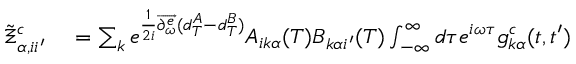
\begin{array} { r l } { \tilde { \Xi } _ { \alpha , i i ^ { \prime } } ^ { c } } & { { } = \sum _ { k } e ^ { \frac { 1 } { 2 i } \overrightarrow { \partial _ { \omega } ^ { e } } ( d _ { T } ^ { A } - d _ { T } ^ { B } ) } A _ { i k \alpha } ( T ) B _ { k \alpha i ^ { \prime } } ( T ) \int _ { - \infty } ^ { \infty } d \tau e ^ { i \omega \tau } g _ { k \alpha } ^ { c } ( t , t ^ { \prime } ) } \end{array}